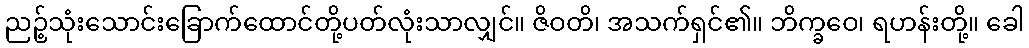
ညဉ့်သုံးသောင်းခြောက်ထောင်တို့ပတ်လုံးသာလျှင်။ ဇိဝတိ၊ အသက်ရှင်၏။ ဘိက္ခဝေ၊ ရဟန်းတို့။ ခေါ